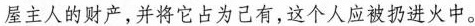
屋主人的财产，并将它占为己有，这个人应被扔进火中。